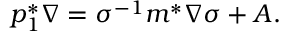
p _ { 1 } ^ { * } \nabla = \sigma ^ { - 1 } m ^ { * } \nabla \sigma + A .